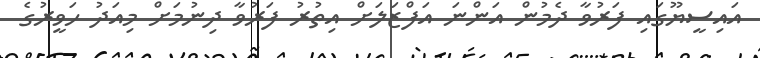
އައިސީޔޫގައި ފަރުވާ ދެމުން އަންނަ އަފްޒަލަށް އިތުރު ފަރުވާ ދިނުމަށް މިއަދު ހަވީރުގެ